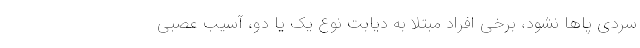
سردی پاها نشود، برخی افراد مبتلا به دیابت نوع یک یا دو، آسیب عصبی